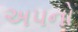
અપનો